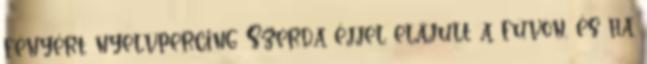
fényért nyelvpercing Szerda éjjel elájult a füvön, és ha